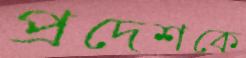
প্রদেশকে